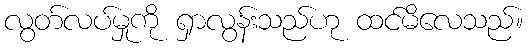
လွတ်လပ်မှုကို ရှာလွန်းသည်ဟု ထင်မိလေသည်။